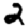
Digit: 2